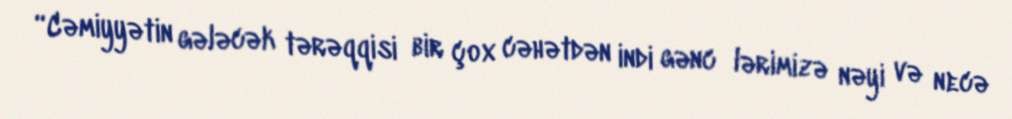
“Cəmiyyətin gələcək tərəqqisi bir çox cəhətdən indi gənc­lərimizə nəyi və necə